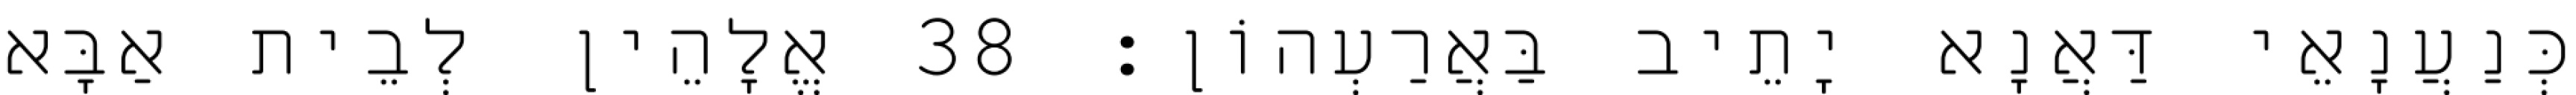
כְּנַעֲנָאֵי דַּאֲנָא יָתֵיב בַּאֲרַעְהוֹן׃ 38 אֱלָהֵין לְבֵית אַבָּא